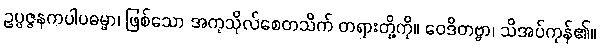
ဥပ္ပဇ္ဇနကပါပဓမ္မာ၊ ဖြစ်သော အကုသိုလ်စေတသိက် တရားတို့ကို။ ဝေဒိတဗ္ဗာ၊ သိအပ်ကုန်၏။